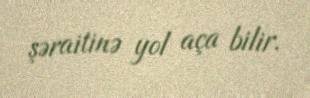
şəraitinə yol aça bilir.